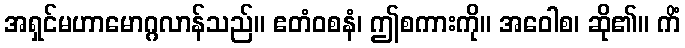
အရှင်မဟာမောဂ္ဂလာန်သည်။ ဧတံဝစနံ၊ ဤစကားကို။ အဝေါစ၊ ဆို၏။ ကိံ